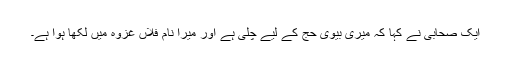
ایک صحابی نے کہا کہ میری بیوی حج کے لیے چلی ہے اور میرا نام فلاں غزوہ میں لکھا ہوا ہے۔